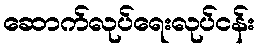
ဆောက်လုပ်ရေးလုပ်ငန်း